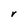
Character: r